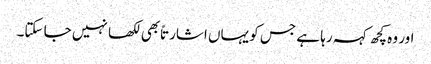
اور وہ کچھ کہہ رہا ہے جس کو یہاں اشارتاً بھی لکھا نہیں جا سکتا۔